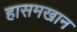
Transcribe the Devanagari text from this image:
हासमखान